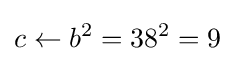
c\leftarrow b^{2}=38^{2}=9